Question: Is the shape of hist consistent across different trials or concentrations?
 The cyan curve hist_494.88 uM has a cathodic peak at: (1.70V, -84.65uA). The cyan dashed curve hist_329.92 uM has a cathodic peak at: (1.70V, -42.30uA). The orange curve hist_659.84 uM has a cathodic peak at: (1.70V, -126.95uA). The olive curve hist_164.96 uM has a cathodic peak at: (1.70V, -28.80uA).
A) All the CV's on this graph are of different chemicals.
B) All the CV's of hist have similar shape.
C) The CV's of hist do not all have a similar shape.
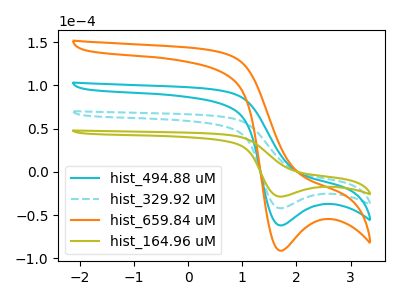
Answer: <think>All the peaks in "hist_494.88 uM" have a peak in "hist_329.92 uM" at the same potential. Every peak in "hist_494.88 uM" is higher than every peak in "hist_329.92 uM". All the peaks in "hist_494.88 uM" have a peak in "hist_659.84 uM" at the same potential. Every peak in "hist_494.88 uM" is lower than every peak in "hist_659.84 uM". All the peaks in "hist_494.88 uM" have a peak in "hist_164.96 uM" at the same potential. Every peak in "hist_494.88 uM" is higher than every peak in "hist_164.96 uM". All the peaks in "hist_329.92 uM" have a peak in "hist_659.84 uM" at the same potential. Every peak in "hist_329.92 uM" is lower than every peak in "hist_659.84 uM". All the peaks in "hist_329.92 uM" have a peak in "hist_164.96 uM" at the same potential. Every peak in "hist_329.92 uM" is higher than every peak in "hist_164.96 uM". All the peaks in "hist_659.84 uM" have a peak in "hist_164.96 uM" at the same potential. Every peak in "hist_659.84 uM" is higher than every peak in "hist_164.96 uM".
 </think>
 <answer>B) All the CV's of "hist" have similar shape.</answer>
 <eval>B</eval>